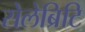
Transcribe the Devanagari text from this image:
सेलेब्रिटि